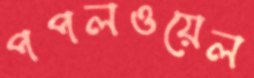
পপলওয়েল